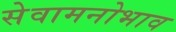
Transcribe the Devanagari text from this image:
सेवामनोभाव